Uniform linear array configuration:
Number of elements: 32
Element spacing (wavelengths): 0.25
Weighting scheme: hann
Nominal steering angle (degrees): -60
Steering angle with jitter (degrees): -58.649
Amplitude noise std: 0.05
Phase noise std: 0.05

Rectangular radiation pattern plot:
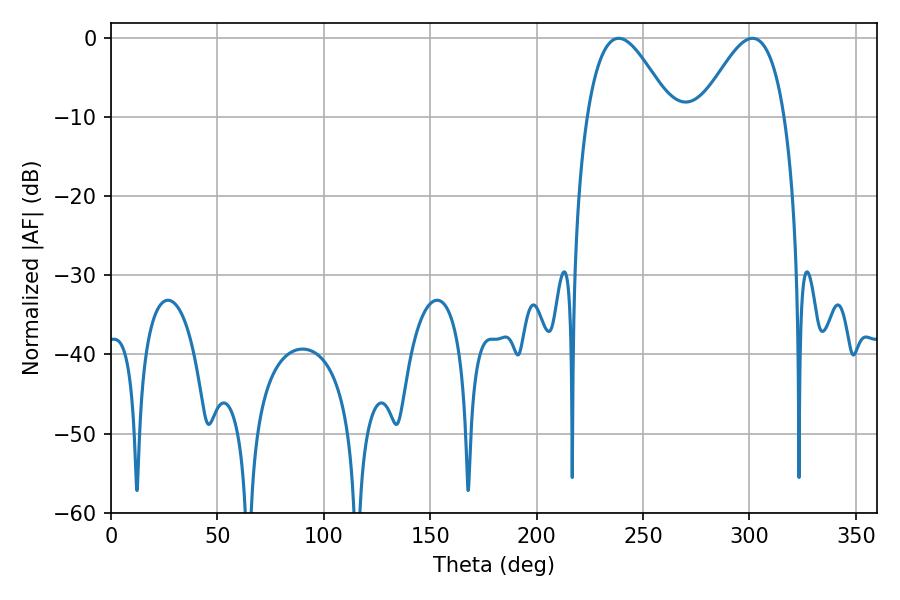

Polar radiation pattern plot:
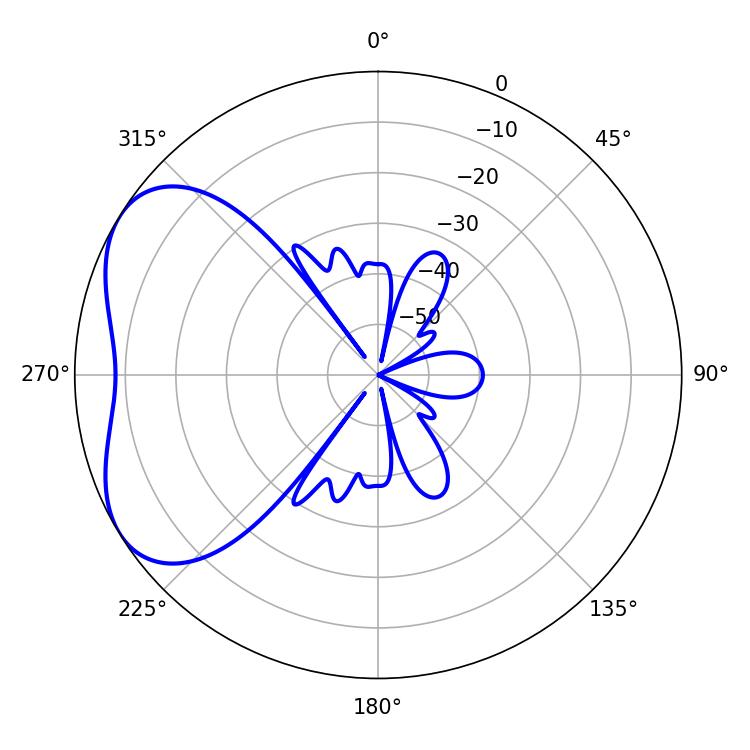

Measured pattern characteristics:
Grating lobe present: FALSE
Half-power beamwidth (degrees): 21.24
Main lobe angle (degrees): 238.5